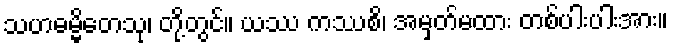
သဟဓမ္မိတေသု၊ တို့တွင်။ ယဿ ကဿစိ၊ အမှတ်မထား တစ်ပါးပါးအား။